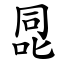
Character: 㖯